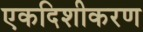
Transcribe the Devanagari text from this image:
एकदिशीकरण